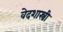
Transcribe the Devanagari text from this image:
वेदशास्त्री